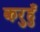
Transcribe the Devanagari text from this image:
करुहुँ